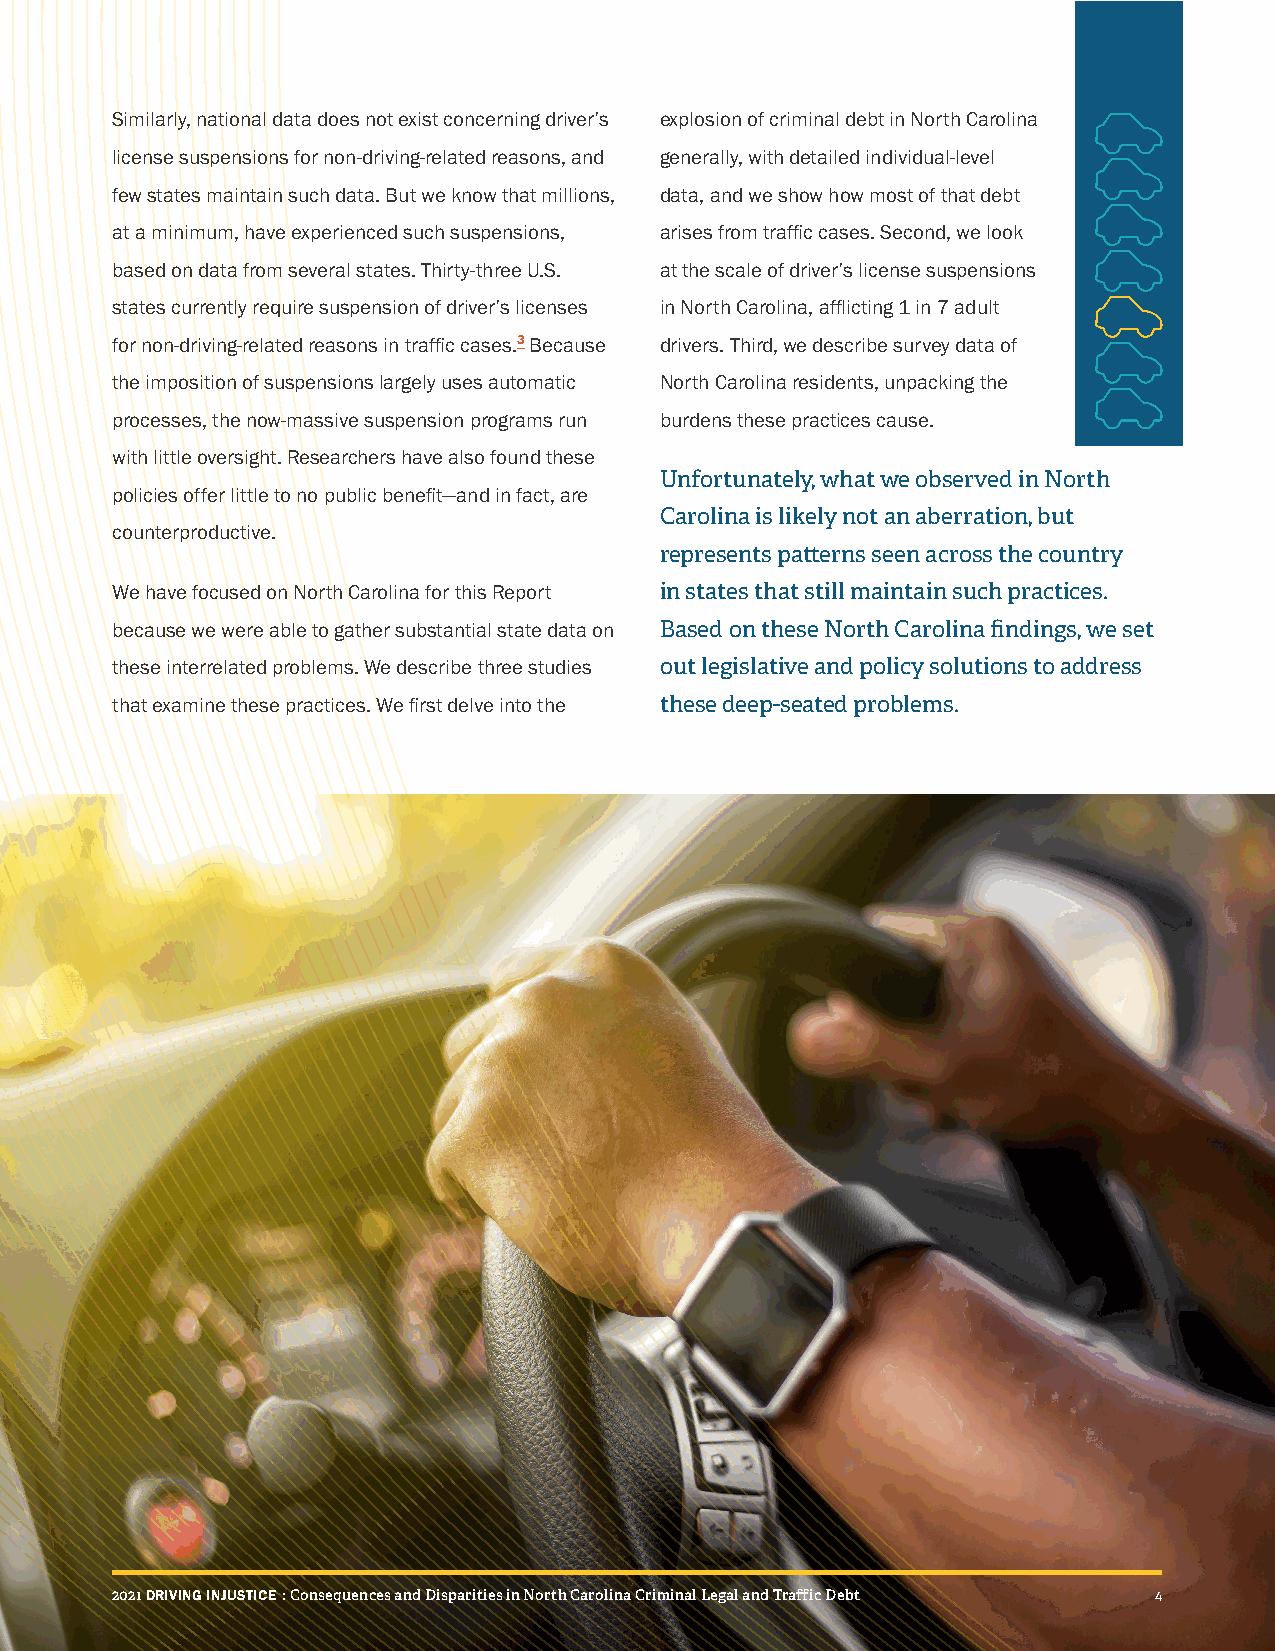
Similarly, national data does not exist concerning driver’s explosion of criminal debt in North Carolina
 license suspensions for non-driving-related reasons, and generally, with detailed individual-level
 few states maintain such data. But we know that millions, data, and we show how most of that debt
 at a minimum, have experienced such suspensions, arises from traffic cases. Second, we look
 based on data from several states. Thirty-three U.S. at the scale of driver’s license suspensions
 states currently require suspension of driver’s licenses in North Carolina, afflicting 1 in 7 adult
 for non-driving-related reasons in traffic cases.3 Because drivers. Third, we describe survey data of
 the imposition of suspensions largely uses automatic North Carolina residents, unpacking the
 processes, the now-massive suspension programs run burdens these practices cause.
 with little oversight. Researchers have also found these
 Unfortunately, what we observed in North
 policies offer little to no public benefit—and in fact, are
 Carolina is likely not an aberration, but
 counterproductive.
 represents patterns seen across the country
 We have focused on North Carolina for this Report in states that still maintain such practices.
 because we were able to gather substantial state data on Based on these North Carolina findings, we set
 these interrelated problems. We describe three studies out legislative and policy solutions to address
 that examine these practices. We first delve into the these deep-seated problems.
 22002211 DDRRIIVVIINNGG IINNJJUUSSTTIICCEE :: CCoonnsseeqquueenncceess aanndd DDiissppaarriittiieess iinn NNoorrtthh CCaarroolliinnaa CCrriimmiinnaall LLeeggaall aanndd TTrraaffffiicc DDeebbtt 44